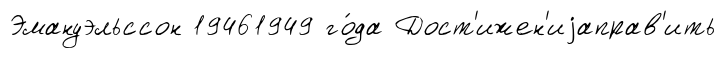
Эмануэльссон 19461949 го́да Дост'ижен'иjаправ'ить